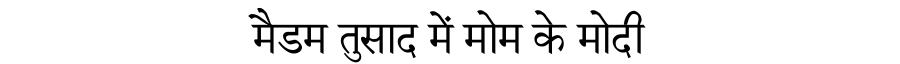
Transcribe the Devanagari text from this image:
मैडम तुसाद में मोम के मोदी